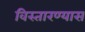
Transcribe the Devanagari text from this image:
विस्तारण्यास